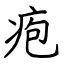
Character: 疱